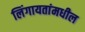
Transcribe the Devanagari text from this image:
लिंगायतांमधील